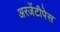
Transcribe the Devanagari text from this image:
अरजेंटीपेस